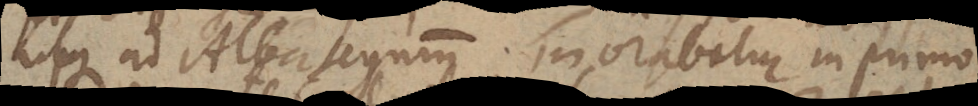
usque ad Albategnium morabatur in primo